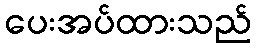
ပေးအပ်ထားသည်